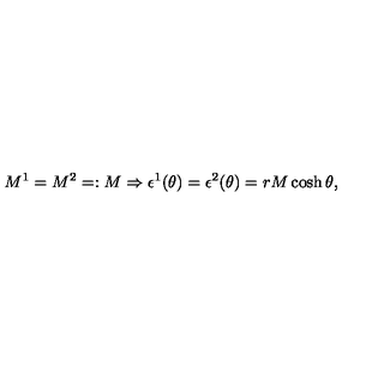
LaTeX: M ^ { 1 } = M ^ { 2 } = : M \Rightarrow \epsilon ^ { 1 } ( \theta ) = \epsilon ^ { 2 } ( \theta ) = r M \cosh \theta ,